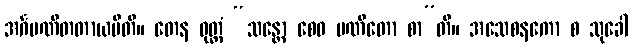
အင်္ဂပဏီတတာယပီတိ။ တေန ဝုတ္တံ “သန္တော စေဝ ပဏီတော စာ”တိ။ အသေစနကော စ သုခေါ